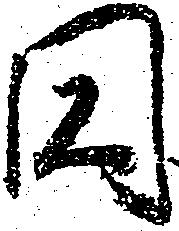
円